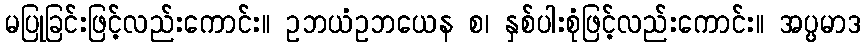
မပြုခြင်းဖြင့်လည်းကောင်း။ ဥဘယံဥဘယေန စ၊ နှစ်ပါးစုံဖြင့်လည်းကောင်း။ အပ္ပမာဒ